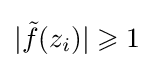
|{\tilde {f}}(z_{i})|\geqslant 1